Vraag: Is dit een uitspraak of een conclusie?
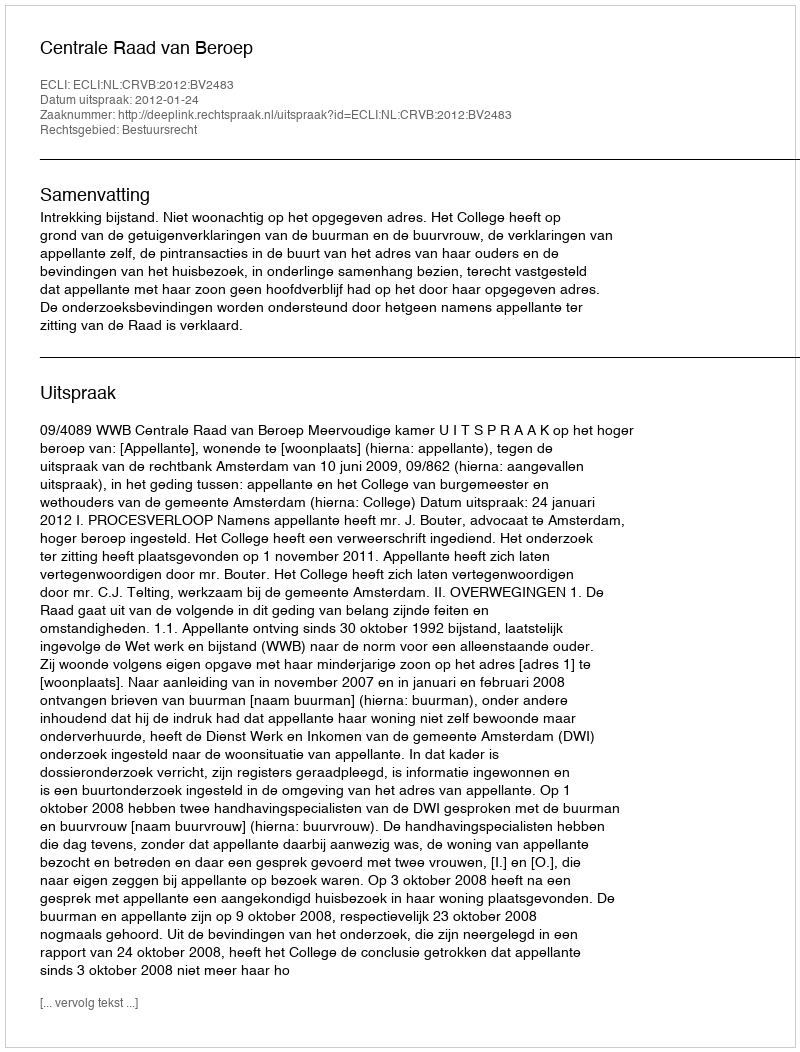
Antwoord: Uitspraak